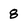
Character: 8